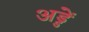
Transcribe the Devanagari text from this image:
अड्डें